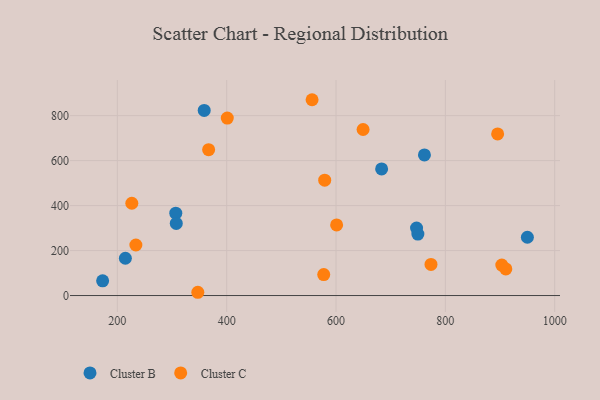
{"axis": {"x": "Price", "y": "Salary"}, "legend": ["Cluster B", "Cluster C"], "data": [{"x": "749.7", "y": 273.5, "type": "Cluster B"}, {"x": "173.1", "y": 65.3, "type": "Cluster B"}, {"x": "358.9", "y": 823.0, "type": "Cluster B"}, {"x": "214.7", "y": 165.9, "type": "Cluster B"}, {"x": "950.0", "y": 259.2, "type": "Cluster B"}, {"x": "306.9", "y": 366.3, "type": "Cluster B"}, {"x": "761.7", "y": 625.4, "type": "Cluster B"}, {"x": "747.3", "y": 299.9, "type": "Cluster B"}, {"x": "683.4", "y": 563.1, "type": "Cluster B"}, {"x": "307.8", "y": 320.6, "type": "Cluster B"}, {"x": "579.3", "y": 513.0, "type": "Cluster C"}, {"x": "903.2", "y": 135.5, "type": "Cluster C"}, {"x": "556.2", "y": 870.7, "type": "Cluster C"}, {"x": "649.5", "y": 738.4, "type": "Cluster C"}, {"x": "401.1", "y": 789.2, "type": "Cluster C"}, {"x": "347.2", "y": 14.5, "type": "Cluster C"}, {"x": "910.6", "y": 118.2, "type": "Cluster C"}, {"x": "601.1", "y": 314.0, "type": "Cluster C"}, {"x": "233.9", "y": 224.8, "type": "Cluster C"}, {"x": "773.7", "y": 138.5, "type": "Cluster C"}, {"x": "226.5", "y": 410.3, "type": "Cluster C"}, {"x": "577.5", "y": 93.0, "type": "Cluster C"}, {"x": "367.0", "y": 648.8, "type": "Cluster C"}, {"x": "895.6", "y": 718.5, "type": "Cluster C"}]}